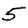
Digit: 5